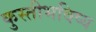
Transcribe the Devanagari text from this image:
कुस्तीभविष्य